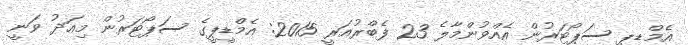
އެމްޑީޕީ ސަޕޯޓަރުން އެއްވުންމާލެ 23 ފެބްރުއަރީ 2015: އެމްޑީޕީގެ ސަޕޯޓަރުން މިއަދު ވަނީ